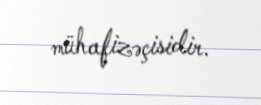
mühafizəçisidir.